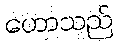
ဟောသည်